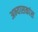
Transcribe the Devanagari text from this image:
अभ्यासकांस